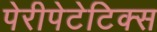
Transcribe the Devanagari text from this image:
पेरीपेटेटिक्स